Civil Veterinary Dept. Bombay admin report 1923-31 - 1923-1931
Year: 1923
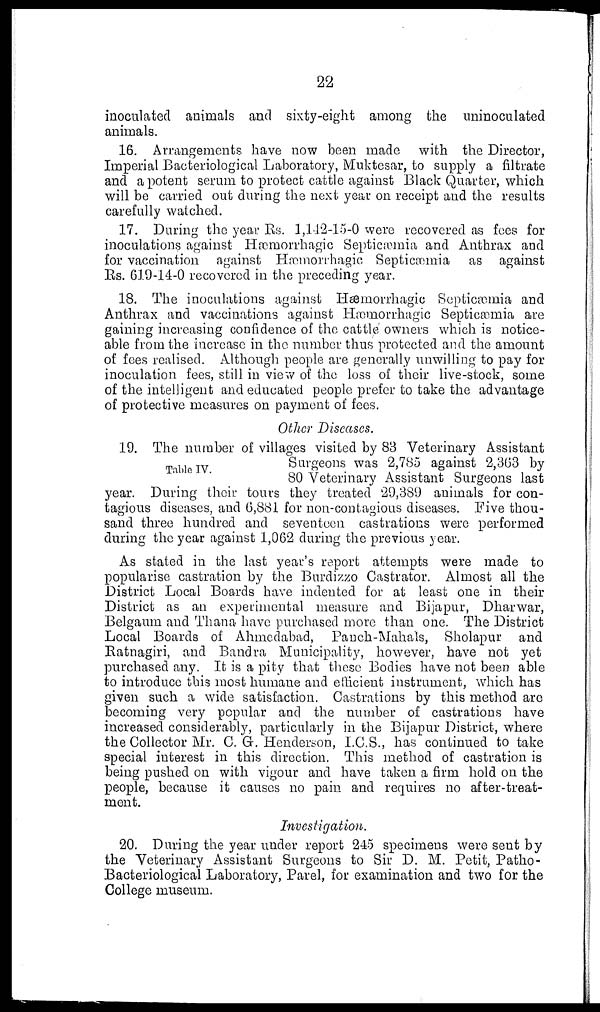
22
inoculated animals and sixty-eight among the uninoculated
animals.
16. Arrangements have now been made with the Director,
Imperial Bacteriological Laboratory, Muktesar, to supply a filtrate
and a potent serum to protect cattle against Black Quarter, which
will be carried out during the next year on receipt and the results
carefully watched.
17. During the year Rs. 1,142-15-0 were recovered as fees for
inoculations against Hæmorrhagic Septicæmia and Anthrax and
for vaccination against Hæmorrhagic Septicæmia as against
Rs. 619-14-0 recovered in the preceding year.
18. The inoculations against Hæmorrhagic Septicæmia and
Anthrax and vaccinations against Hæmorrhagic Septicæmia are
gaining increasing confidence of the cattle owners which is notice-
able from the increase in the number thus protected and the amount
of fees realised. Although people are generally unwilling to pay for
inoculation fees, still in view of the loss of their live-stock, some
of the intelligent and educated people prefer to take the advantage
of protective measures on payment of fees.
Other Diseases.
Table IV.
19. The number of villages visited by 83 Veterinary Assistant
Surgeons was 2,785 against 2,363 by
80 Veterinary Assistant Surgeons last
year. During their tours they treated 29,389 animals for con-
tagious diseases, and 6,881 for non-contagious diseases. Five thou-
sand three hundred and seventeen castrations were performed
during the year against 1,062 during the previous year.
As stated in the last year's report attempts were made to
popularise castration by the Burdizzo Castrator. Almost all the
District Local Boards have indented for at least one in their
District as an experimental measure and Bijapur, Dharwar,
Belgaum and Thana have purchased more than one. The District
Local Boards of Ahmedabad, Panch-Mahals, Sholapur and
Ratnagiri, and Bandra Municipality, however, have not yet
purchased any. It is a pity that these Bodies have not been able
to introduce this most humane and efficient instrument, which has
given such a wide satisfaction. Castrations by this method are
becoming very popular and the number of castrations have
increased considerably, particularly in the Bijapur District, where
the Collector Mr. C. G. Henderson, I.C.S., has continued to take
special interest in this direction. This method of castration is
being pushed on with vigour and have taken a firm hold on the
people, because it causes no pain and requires no after-treat-
ment.
Investigation.
20. During the year under report 245 specimens were sent by
the Veterinary Assistant Surgeons to Sir D. M. Petit, Patho-
Bacteriological Laboratory, Parel, for examination and two for the
College museum.